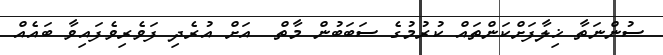
ސުންނަތާ ޚިލާފަށްކަންތައް ކުރުމުގެ ސަބަބުން މާތް  އަށް އުރެދި ފަވެރިވެފައިވާ ބައެއް